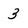
Character: 3